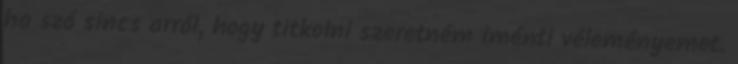
ha szó sincs arról, hogy titkolni szeretném iménti véleményemet.